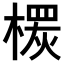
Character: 𣙠